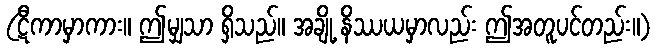
(ဋီကာမှာကား။ ဤမျှသာ ရှိသည်။ အချို့ နိဿယမှာလည်း ဤအတူပင်တည်း။)